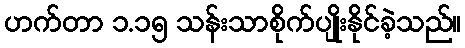
ဟက်တာ ၁.၁၅ သန်းသာစိုက်ပျိုးနိုင်ခဲ့သည်။